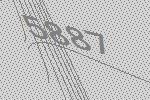
5887